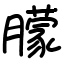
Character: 朦